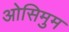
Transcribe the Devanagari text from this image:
ओसिमुम